Indian journal of veterinary science and animal husbandry - Volume 1,
Year: 1931
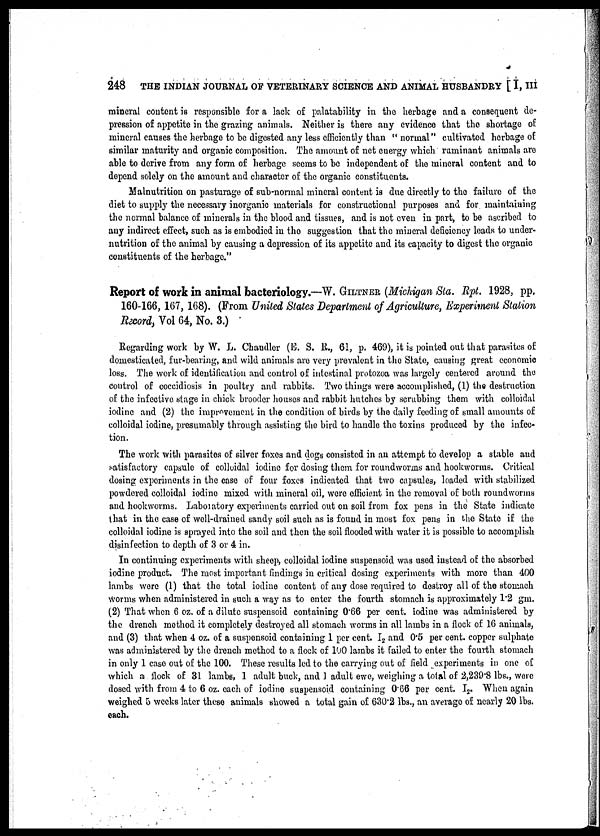
248 THE INDIAN JOURNAL OF VETERINARY SCIENCE AND ANIMAL HUSBANDRY [ I, III
mineral content is responsible for a lack of palatability in the herbage and a consequent de-
pression of appetite in the grazing animals. Neither is there any evidence that the shortage of
mineral causes the herbage to be digested any less efficiently than " normal" cultivated herbage of
similar maturity and organic composition. The amount of net energy which ruminant animals are
able to derive from any form of herbage seems to be independent of the mineral content and to
depend solely on the amount and character of the organic constituents.
Malnutrition on pasturage of sub-normal mineral content is due directly to the failure of the
diet to supply the necessary inorganic materials for constructional purposes and for maintaining
the normal balance of minerals in the blood and tissues, and is not even in part, to be ascribed to
any indirect effect, such as is embodied in the suggestion that the mineral deficiency leads to under-
nutrition of the animal by causing a depression of its appetite and its capacity to digest the organic
constituents of the herbage."
Report of work in animal bacteriology.—W. GILTNER (Michigan Sta. Rpt. 1928, pp,
160-166, 167, 168). (From United States Department of Agriculture, Experiment Station
Record, Vol 64, No. 3.)
Regarding work by W. L. Chandler (E. S. R., 61, p. 469), it is pointed out that parasites of
domesticated, fur-bearing, and wild animals are very prevalent in the State, causing great economic
loss. The work of identification and control of intestinal protozoa was largely centered around the
control of coccidiosis in poultry and rabbits. Two things were accomplished, (1) the destruction
of the infective stage in chick brooder houses and rabbit hutches by scrubbing them with colloidal
iodine and (2) the improvement in the condition of birds by the daily feeding of small amounts of
colloidal iodine, presumably through assisting the bird to handle the toxins produced by the infec-
tion.
The work with parasites of silver foxes and dogs consisted in an attempt to develop a stable and
satisfactory capsule of colloidal iodine for dosing them for roundworms and hookworms. Critical
dosing experiments in the case of four foxes indicated that two capsules, loaded with stabilized
powdered colloidal iodine mixed with mineral oil, were efficient in the removal of both roundworms
and hookworms. Laboratory experiments carried out on soil from fox pens in the State indicate
that in the case of well-drained sandy soil such as is found in most fox pens in the State if the
colloidal iodine is sprayed into the soil and then the soil flooded with water it is possible to accomplish
disinfection to depth of 3 or 4 in.
In continuing experiments with sheep, colloidal iodine suspensoid was used instead of the absorbed
iodine product. The most important findings in critical dosing experiments with more than 400
lambs were (1) that the total iodine content of any dose required to destroy all of the stomach
worms when administered in such a way as to enter the fourth stomach is approximately 1.2 gm.
(2) That when 6 oz. of a dilute suspensoid containing 0.66 per cent. iodine was administered by
the drench method it completely destroyed all stomach worms in all lambs in a flock of 16 animals,
and (3) that when 4 oz. of a suspensoid containing 1 per cent. I 2 and 0.5 per cent. copper sulphate
was administered by the drench method to a flock of 100 lambs it failed to enter the fourth stomach
in only 1 case out of the 100. These results led to the carrying out of field experiments in one of
which a flock of 31 lambs, 1 adult buck, and 1 adult ewe, weighing a total of 2,239.8 lbs., were
dosed with from 4 to 6 oz. each of iodine suspensoid containing 0.66 per cent. I 2 . When again
weighed 5 weeks later these animals showed a total gain of 630.2 lbs., an average of nearly 20 lbs.
each.